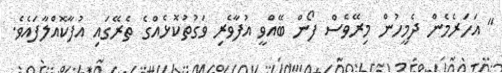
" އަހަރެމެން ދެމީހުން މިރޭވެސް ފޯން ބޭއްވީ އުފާވެރި ވަގުތުކޮޅެއްގެ ތެރޭގައި އުފާކޮއްލާފައެވެ.